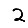
Digit: 2